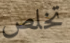
تخلص